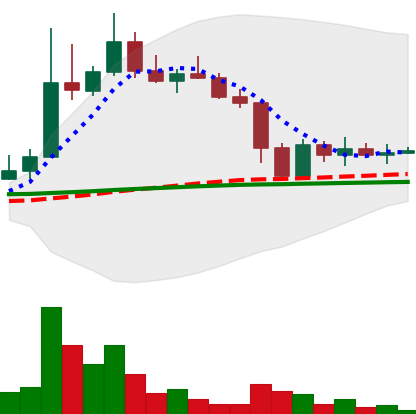
Ticker: DOGE-USD
Chart end date: 2022-11-15
Forward return: -11.265%
Label: down_7plus